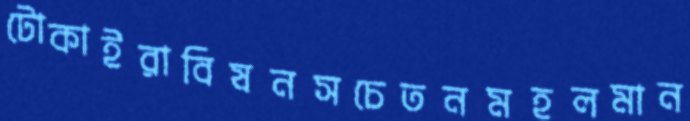
টোকাইরাবিষনসচেতনমহলমান